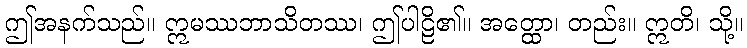
ဤအနက်သည်။ ဣမဿဘာသိတဿ၊ ဤပါဠိ၏။ အတ္ထော၊ တည်း။ ဣတိ၊ သို့။